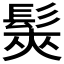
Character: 𩭌